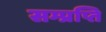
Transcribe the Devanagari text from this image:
सम्प्रप्ति